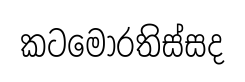
කටමොරතිස්සද